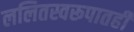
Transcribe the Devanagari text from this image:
ललितस्वरूपातही